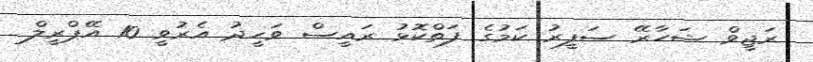
ރަޖީވް ޝަހާރޭ ސަފީރު ކަމުގެ ފަތްކޮޅު ރައީސް ވަހީދު އެރުވީ 10 އޭޕްރީލް